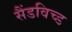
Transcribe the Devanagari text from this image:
सैंडविच्ड